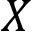
X